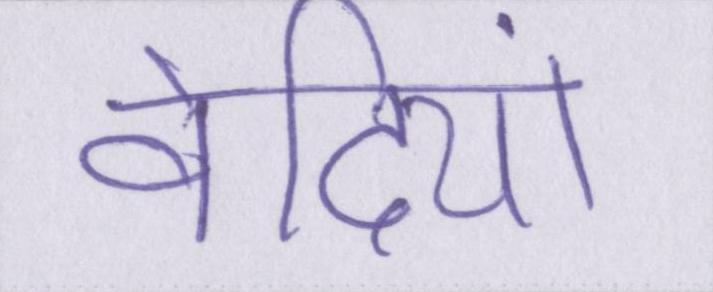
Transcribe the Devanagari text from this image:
वेदियां